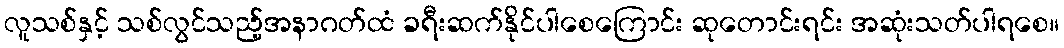
လူသစ်နှင့် သစ်လွင်သည့်အနာဂတ်ထံ ခရီးဆက်နိုင်ပါစေကြောင်း ဆုတောင်းရင်း အဆုံးသတ်ပါရစေ။